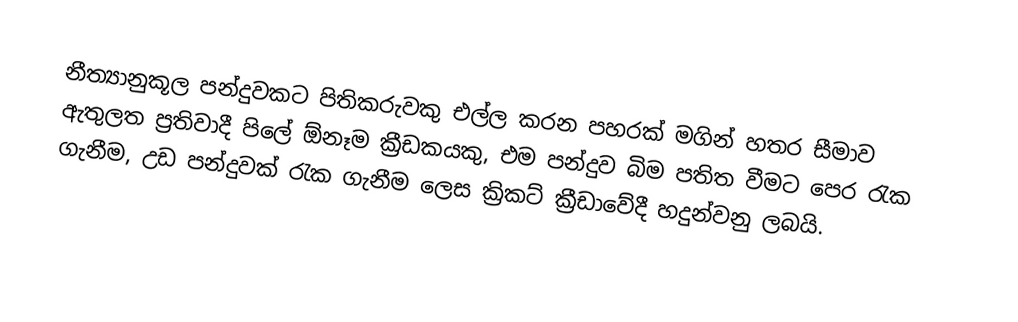
නීත්‍යානුකූල පන්දුවකට පිතිකරුවකු එල්ල කරන පහරක් මගින් හතර සීමාව ඇතුලත ප්‍රතිවාදී පිලේ ඕනෑම ක්‍රීඩකයකු, එම පන්දුව බිම පතිත වීමට පෙර රැක ගැනීම, උඩ පන්දුවක් රැක ගැනීම ලෙස ක්‍රිකට් ක්‍රීඩාවේදී හදුන්වනු ලබයි.